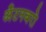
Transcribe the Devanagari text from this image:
अँटनबरो